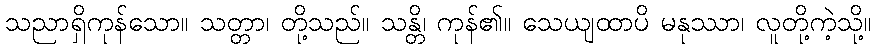
သညာရှိကုန်သော။ သတ္တာ၊ တို့သည်။ သန္တိ၊ ကုန်၏။ သေယျထာပိ မနုဿာ၊ လူတို့ကဲ့သို့။